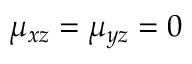
\mu _ { x z } = \mu _ { y z } = 0